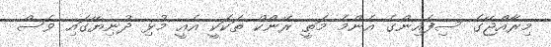
މިރާއްޖޭގެ ސިފައިންގެ އެންމެ މަތީ ރޭންކް ތަކަކީ އެއީ މުޅި ދުނިޔޭގައި ވެސް